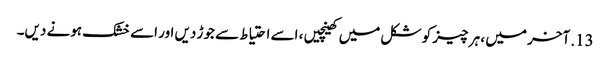
13. آخر میں ، ہر چیز کو شکل میں کھینچیں ، اسے احتیاط سے جوڑ دیں اور اسے خشک ہونے دیں۔